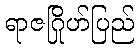
ရာဇဂြိုဟ်ပြည်